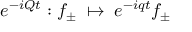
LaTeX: e ^ { - i Q t } : f _ { \pm } \; \mapsto \; e ^ { - i q t } f _ { \pm }